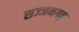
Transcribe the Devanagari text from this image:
सज्‍जनगढ़